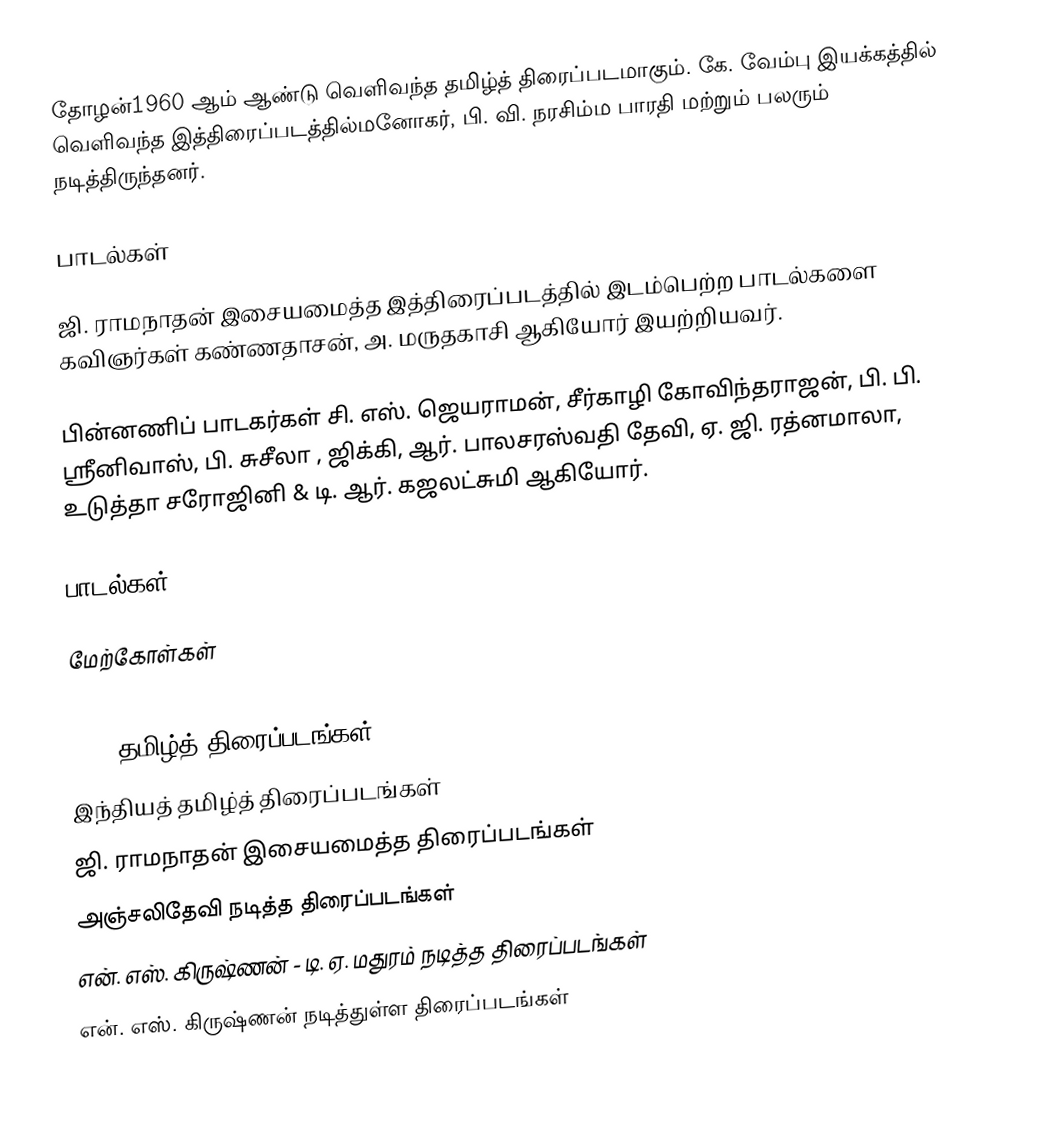
தோழன்1960 ஆம் ஆண்டு வெளிவந்த தமிழ்த் திரைப்படமாகும். கே. வேம்பு இயக்கத்தில் வெளிவந்த இத்திரைப்படத்தில்மனோகர், பி. வி. நரசிம்ம பாரதி மற்றும் பலரும் நடித்திருந்தனர்.

பாடல்கள்

ஜி. ராமநாதன் இசையமைத்த இத்திரைப்படத்தில் இடம்பெற்ற பாடல்களை கவிஞர்கள் கண்ணதாசன், அ. மருதகாசி ஆகியோர் இயற்றியவர்.

பின்னணிப் பாடகர்கள் சி. எஸ். ஜெயராமன், சீர்காழி கோவிந்தராஜன், பி. பி. ஸ்ரீனிவாஸ், பி. சுசீலா , ஜிக்கி, ஆர். பாலசரஸ்வதி தேவி, ஏ. ஜி. ரத்னமாலா, உடுத்தா சரோஜினி & டி. ஆர். கஜலட்சுமி ஆகியோர்.

பாடல்கள்

மேற்கோள்கள்

1960 தமிழ்த் திரைப்படங்கள்
இந்தியத் தமிழ்த் திரைப்படங்கள்
ஜி. ராமநாதன் இசையமைத்த திரைப்படங்கள்
அஞ்சலிதேவி நடித்த திரைப்படங்கள்
என். எஸ். கிருஷ்ணன் - டி. ஏ. மதுரம் நடித்த திரைப்படங்கள்
என். எஸ். கிருஷ்ணன் நடித்துள்ள திரைப்படங்கள்